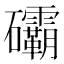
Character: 䃻